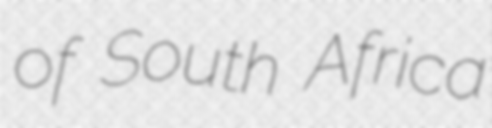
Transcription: of South Africa